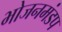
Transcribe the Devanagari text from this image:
भोजनमंडप